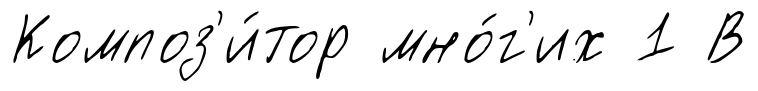
Композ'и́тор мно́г'их 1 В